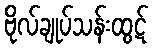
ဗိုလ်ချုပ်သန်းထွဋ်